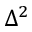
\Delta ^ { 2 }